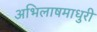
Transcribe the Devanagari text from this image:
अभिलाषमाधुरी